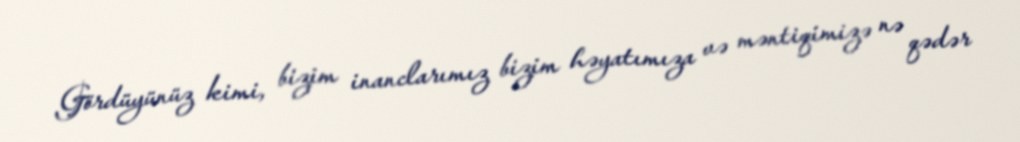
Gördüyünüz kimi, bizim inanclarımız bizim həyatımıza və məntiqimizə nə qədər